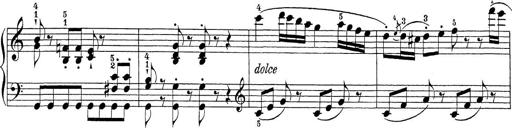
Title: Sonatina Album
Composer: Louis KÃ¶hler